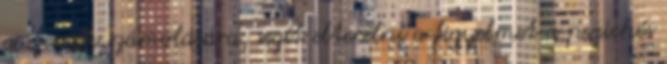
a szemek számolására, segít elterelni a figyelmet a pszichés